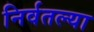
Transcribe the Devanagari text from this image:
निर्वतल्या